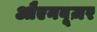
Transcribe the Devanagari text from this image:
औएनबूज़र